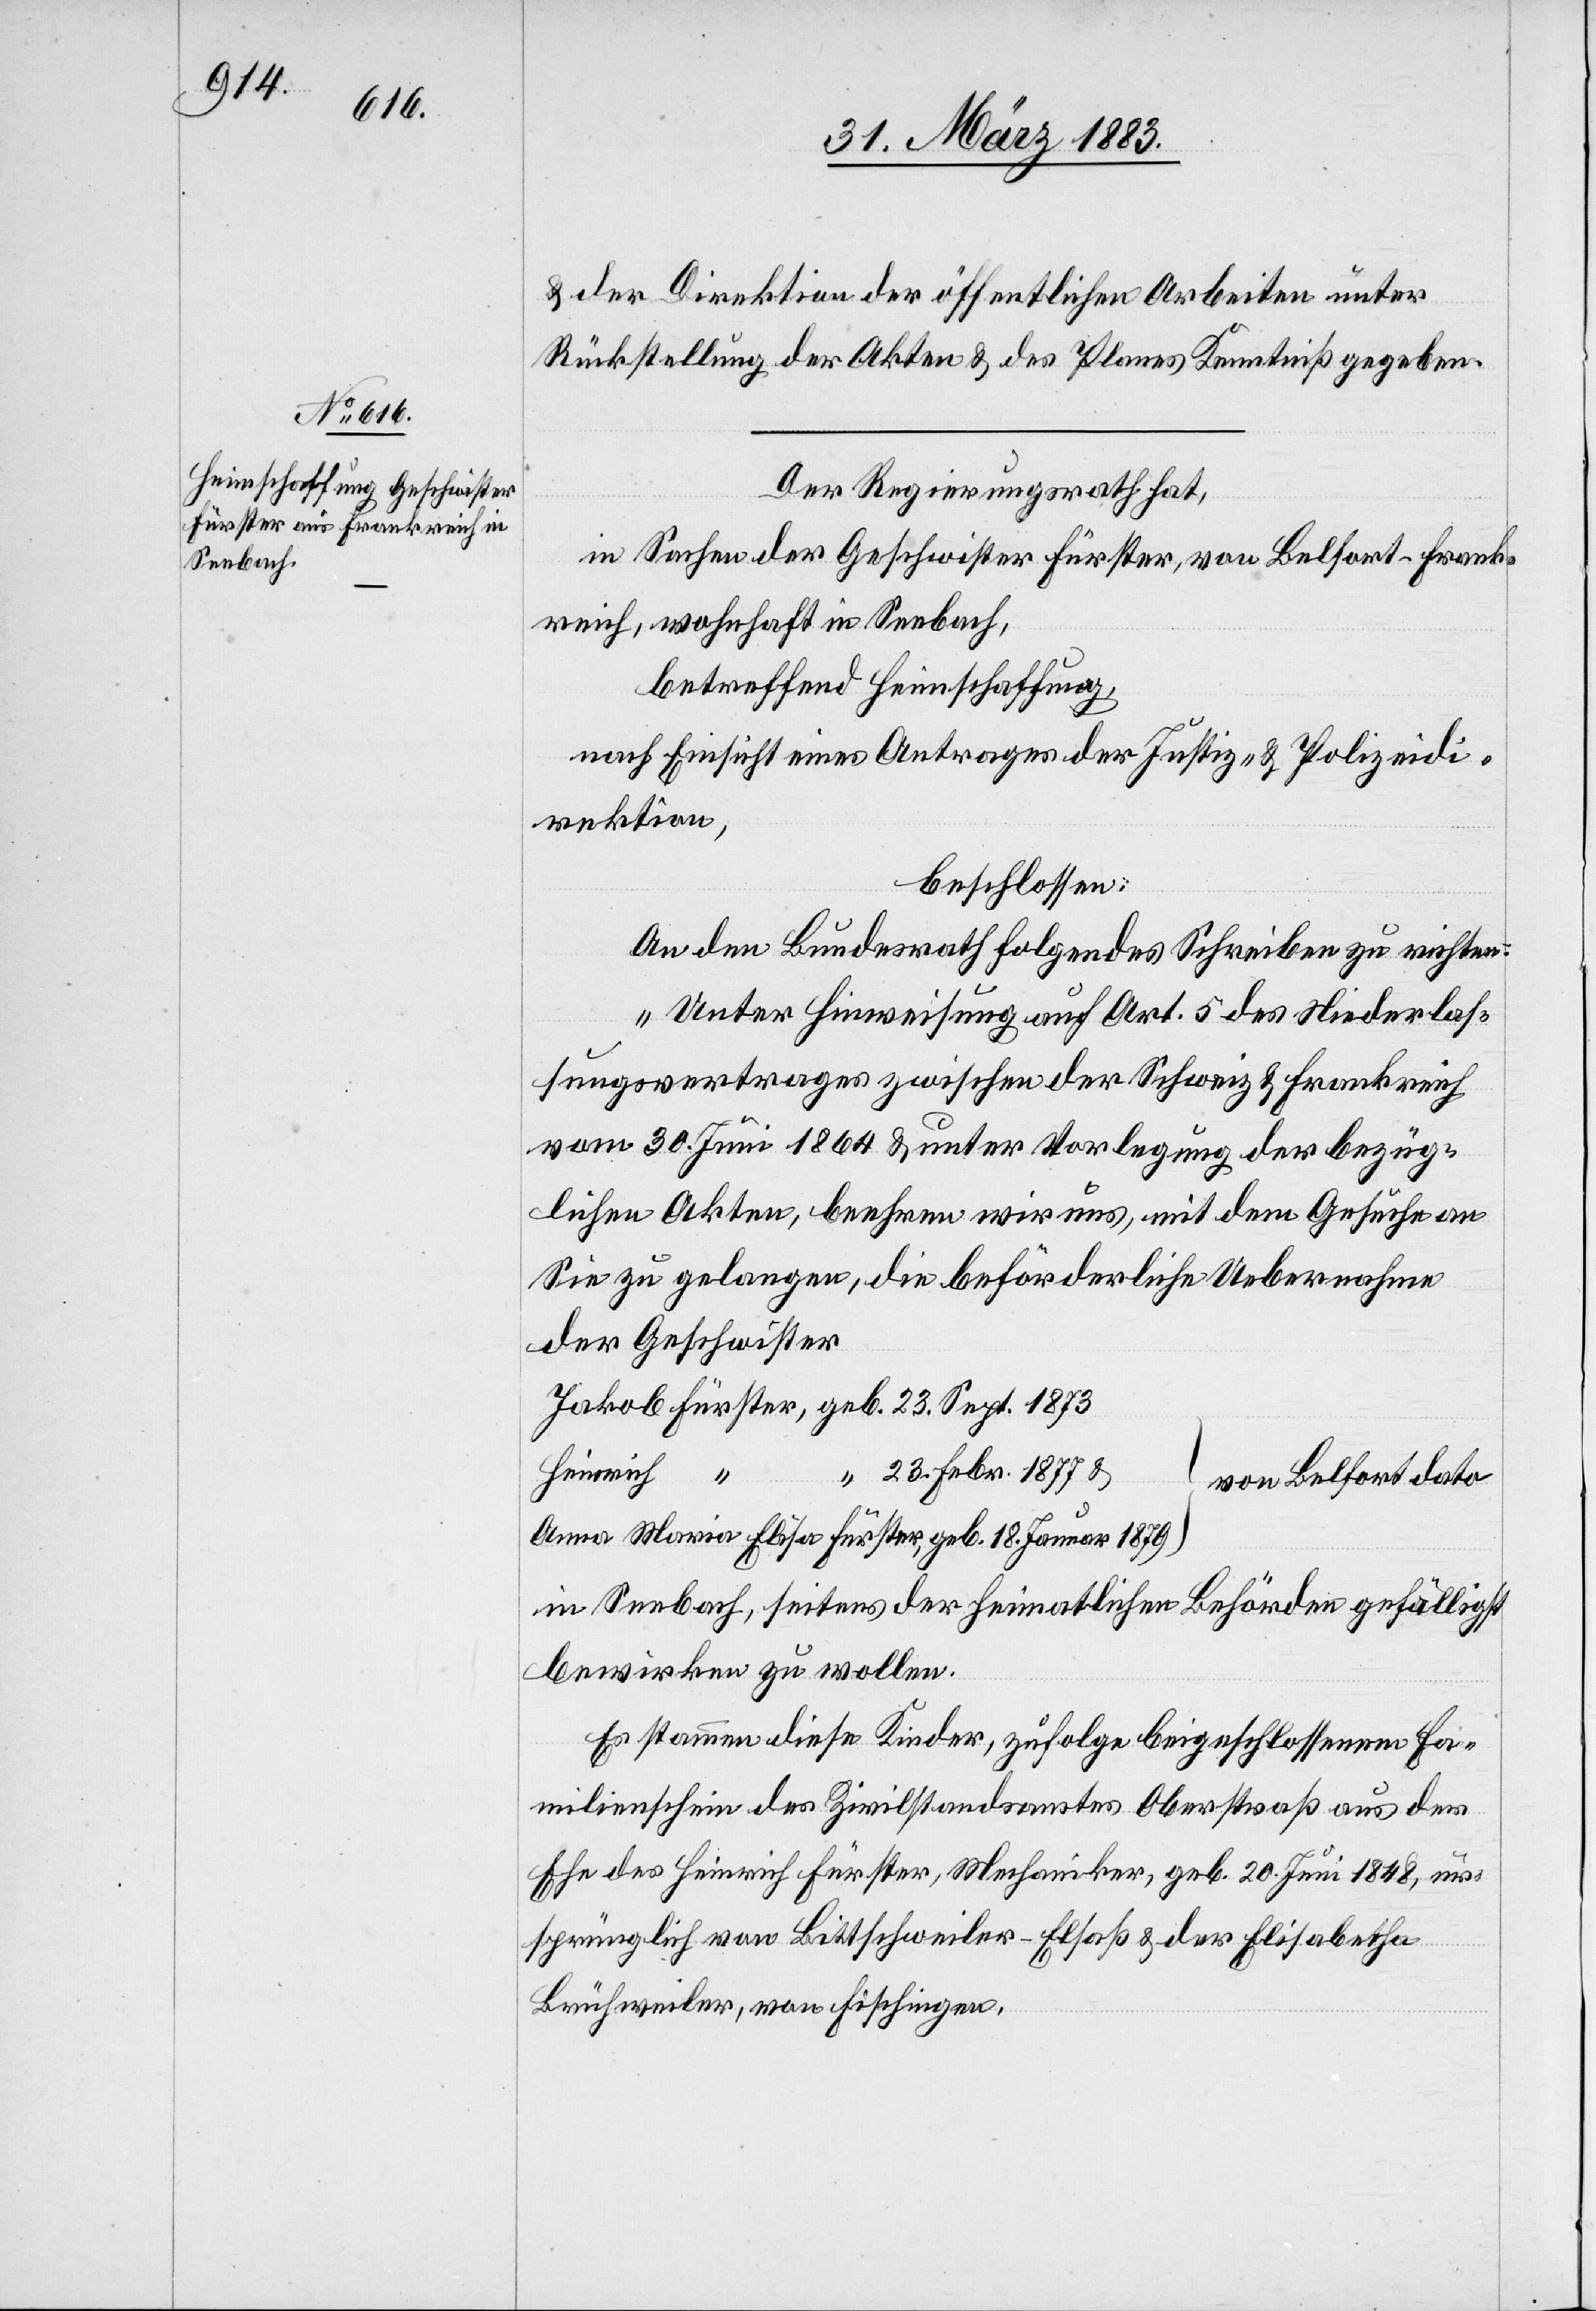
18.

& der Direktion der öffentlichen Arbeiten unter
Rückstellung der Akten & des Planes Kenntniß gegeben.
Der Regierungsrath hat,
in Sachen der Geschwister Fürster, von Belfort - Frank¬
reich, wohnhaft in Seebach,
betreffend Heimschaffung,
nach Einsicht eines Antrages der Justiz- & Polizeidi¬
rektion,
beschlossen:
An den Bundesrath folgendes Schreiben zu richten:
„Unter Hinweisung auf Art. 5 des Niederlas¬
sungsvertrages zwischen der Schweiz & Frankreich
vom 30. Juni 1864 & unter Vorlegung der bezüg¬
lichen Akten, behhren wir uns, mit dem Gesuche an
Sie zu gelangen, die beförderliche Uebernahme
der Geschwister
23. Febr. 1877 &
Heinrich
von Belfort dato
in Seebach, seitens der heimatlichen Behörden gefälligst
bewirken zu wollen.
Es stammen diese Kinder, zufolge beigeschlossenem Fa¬
milienschein des Zivilstandsamtes Oberstraß aus der
Ehe des Heinrich Fürster, Mechaniker, geb. 20. Juni 1848, ur¬
sprünglich aus Bittschweiler - Elsaß & der Elisabetha
Brühweiler, von Fischingen.